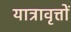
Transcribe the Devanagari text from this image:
यात्रावृत्तों